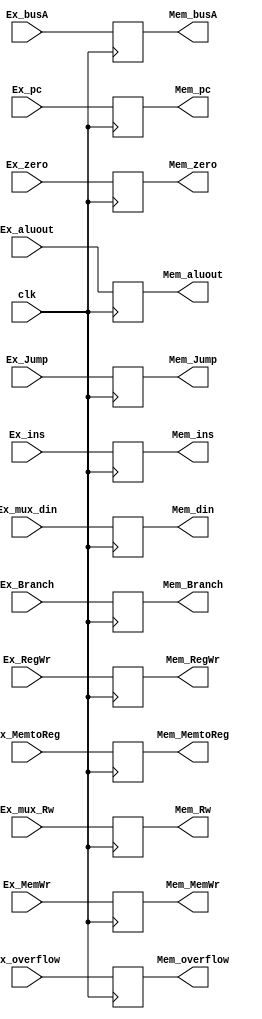
module ex_mem    ( clk, Ex_ins, Ex_pc, Ex_zero, Ex_overflow, Ex_aluout, 
                   Ex_busA/*begz bgtz blez bltz*/, Ex_mux_din, Ex_mux_Rw, Ex_RegWr, Ex_MemtoReg, Ex_MemWr, Ex_Branch, Ex_Jump,
                   Mem_ins, Mem_pc, Mem_zero, Mem_overflow, Mem_aluout,
                   Mem_busA, Mem_din, Mem_Rw, Mem_RegWr, Mem_MemtoReg, Mem_MemWr, Mem_Branch, Mem_Jump  );

input clk;
input[31:0] Ex_ins;
input[31:2] Ex_pc;
input       Ex_zero;
input       Ex_overflow;
input[31:0] Ex_aluout;

input[31:0] Ex_busA;
input[31:0] Ex_mux_din;
input[4:0]  Ex_mux_Rw;

input       Ex_RegWr;
input[1:0]  Ex_MemtoReg;
input[2:0]  Ex_MemWr;
input[2:0]  Ex_Branch;
input[1:0]  Ex_Jump;

output reg [31:0] Mem_ins;
output reg [31:2] Mem_pc;
output reg        Mem_zero;
output reg        Mem_overflow;
output reg [31:0] Mem_aluout;

output reg [31:0] Mem_busA;
output reg [31:0] Mem_din;
output reg [4:0]  Mem_Rw;

output reg        Mem_RegWr;
output reg [1:0]  Mem_MemtoReg;
output reg [2:0]  Mem_MemWr;
output reg [2:0]  Mem_Branch;
output reg [1:0]  Mem_Jump;

initial begin
    Mem_ins          = 32'd0;
    Mem_pc           = 30'd0;
    Mem_zero         = 0;
    Mem_overflow     = 0;
    Mem_aluout       = 32'd0;
    Mem_busA         = 32'd0;
    Mem_din          = 32'd0;
    Mem_Rw           = 5'd0;
    Mem_RegWr        = 0;
    Mem_MemtoReg     = 2'd0;
    Mem_MemWr        = 3'd0;
    Mem_Branch       = 3'd0;
    Mem_Jump         = 2'd0;
end

always @(negedge clk)
begin
    Mem_ins          <= Ex_ins;
    Mem_pc           <= Ex_pc;
    Mem_zero         <= Ex_zero;
    Mem_overflow     <= Ex_overflow;
    Mem_aluout       <= Ex_aluout;
    Mem_busA         <= Ex_busA;
    Mem_din          <= Ex_mux_din;
    Mem_Rw           <= Ex_mux_Rw;
    Mem_RegWr        <= Ex_RegWr;
    Mem_MemtoReg     <= Ex_MemtoReg;
    Mem_MemWr        <= Ex_MemWr;
    Mem_Branch       <= Ex_Branch;
    Mem_Jump         <= Ex_Jump;
end

endmodule